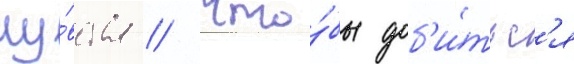
чу́вства // Что́бы доб'и́тьс'я